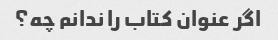
اگر عنوان کتاب را ندانم چه؟